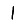
Digit: 1